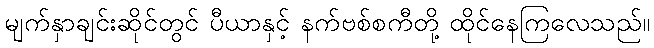
မျက်နှာချင်းဆိုင်တွင် ပီယာနှင့် နက်ဗစ်စကီတို့ ထိုင်နေကြလေသည်။